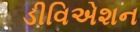
ડીવિએશન